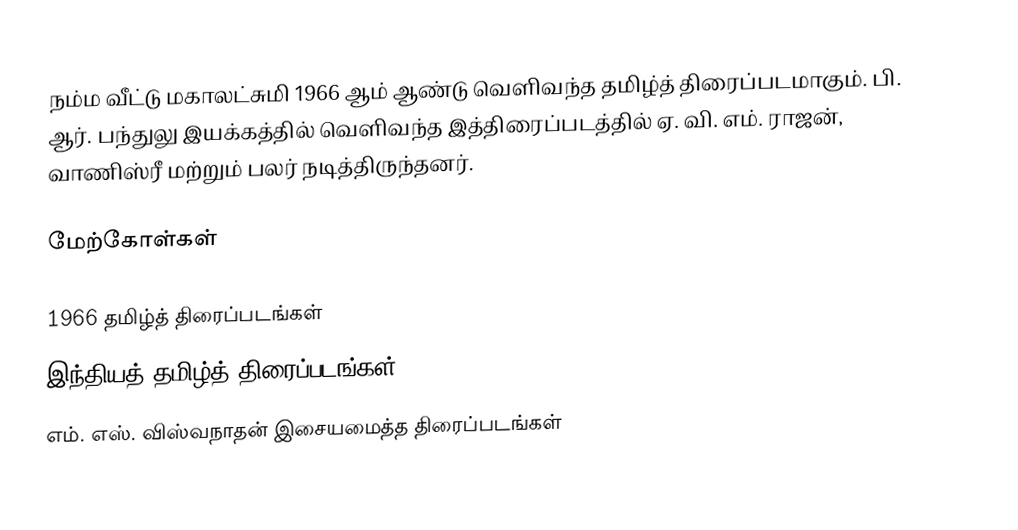
நம்ம வீட்டு மகாலட்சுமி 1966 ஆம் ஆண்டு வெளிவந்த தமிழ்த் திரைப்படமாகும். பி. ஆர். பந்துலு இயக்கத்தில் வெளிவந்த இத்திரைப்படத்தில் ஏ. வி. எம். ராஜன், வாணிஸ்ரீ மற்றும் பலர் நடித்திருந்தனர்.

மேற்கோள்கள்

1966 தமிழ்த் திரைப்படங்கள்
இந்தியத் தமிழ்த் திரைப்படங்கள்
எம். எஸ். விஸ்வநாதன் இசையமைத்த திரைப்படங்கள்